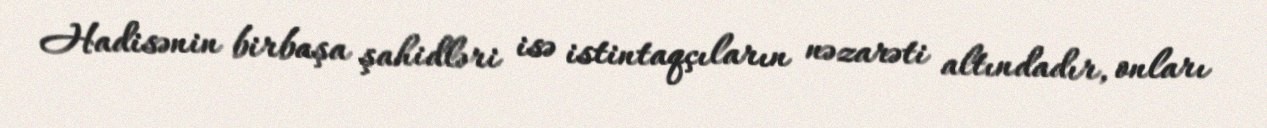
Hadisənin birbaşa şahidləri isə istintaqçıların nəzarəti altındadır, onları